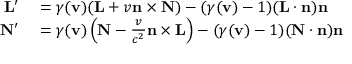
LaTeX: \begin{array} { r l } { \mathbf { L } ^ { \prime } } & { { } = \gamma ( \mathbf { v } ) ( \mathbf { L } + v \mathbf { n } \times \mathbf { N } ) - ( \gamma ( \mathbf { v } ) - 1 ) ( \mathbf { L } \cdot \mathbf { n } ) \mathbf { n } } \\ { \mathbf { N } ^ { \prime } } & { { } = \gamma ( \mathbf { v } ) \left( \mathbf { N } - { \frac { v } { c ^ { 2 } } } \mathbf { n } \times \mathbf { L } \right) - ( \gamma ( \mathbf { v } ) - 1 ) ( \mathbf { N } \cdot \mathbf { n } ) \mathbf { n } } \end{array}